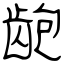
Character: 龅